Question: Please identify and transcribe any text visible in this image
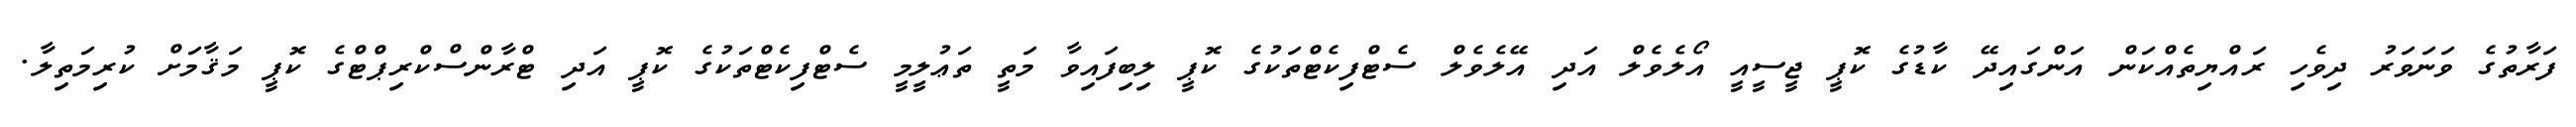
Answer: ފަރާތުގެ ވަނަވަރު ދިވެހި ރައްޔިތެއްކަން އަންގައިދޭ ކާޑުގެ ކޮޕީ ޖީސީއީ އޯލެވެލް އަދި އޭލެވެލް ސެޓްފިކެޓްތަކުގެ ކޮޕީ ލިބިފައިވާ މަތީ ތަޢުލީމީ ސެޓްފިކެޓްތަކުގެ ކޮޕީ އަދި ޓްރާންސްކްރިޕްޓްގެ ކޮޕީ މަޤާމަށް ކުރިމަތިލާ.